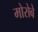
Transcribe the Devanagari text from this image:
मोरोबे